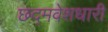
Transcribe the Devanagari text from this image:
छद्‍मवेशधारी